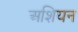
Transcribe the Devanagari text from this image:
अशियन